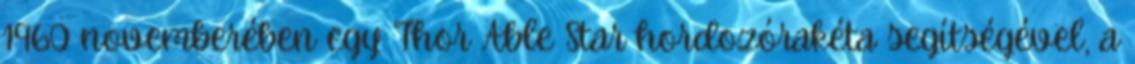
1960 novemberében egy Thor Able Star hordozórakéta segítségével, a